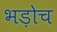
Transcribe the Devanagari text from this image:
भड़ोच